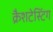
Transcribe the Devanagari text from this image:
क्रैशटेस्टिंग